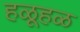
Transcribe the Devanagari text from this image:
हळूहळ